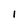
Character: 1